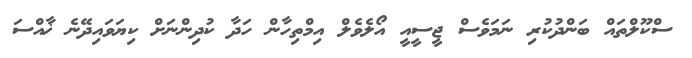
ސްކޫލްތައް ބަންދުކުރި ނަމަވެސް ޖީސީއީ އޯލެވެލް އިމްތިހާން ހަދާ ކުދިންނަށް ކިޔަވައިދޭނެ ޚާއްސަ